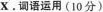
Ⅹ.调语运用（10分）